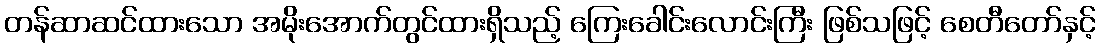
တန်ဆာဆင်ထားသော အမိုးအောက်တွင်ထားရှိသည့် ကြေးခေါင်းလောင်းကြီး ဖြစ်သဖြင့် စေတီတော်နှင့်